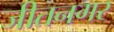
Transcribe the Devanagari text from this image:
जीतनगर